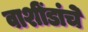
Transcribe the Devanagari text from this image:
वाशींडांचे